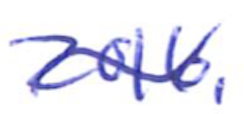
Text: 2016.
Cross-out: wave
Writing tool: ballpoint